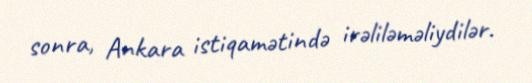
sonra, Ankara istiqamətində irəliləməliydilər.